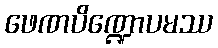
ဖေဏပိဏ္ဍောပမဿ